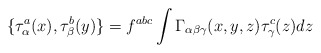
\begin{align*}\{\tau_\alpha^a(x),\tau_\beta^b(y)\}=f^{abc}\int\Gamma_{\alpha\beta\gamma}(x,y,z) \tau_\gamma^c(z) dz\end{align*}